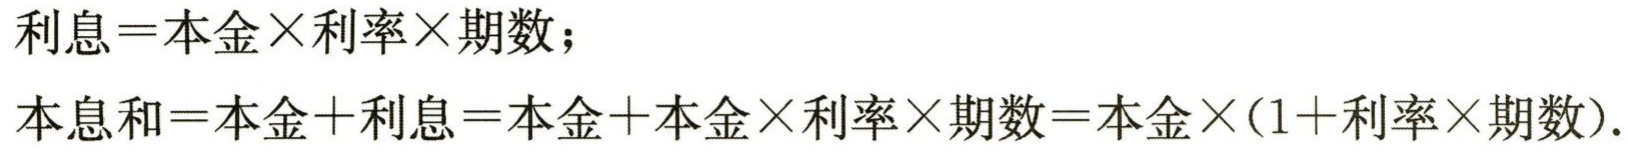
利息=本金×利率×期数；
本息和=本金+利息=本金+本金×利率×期数=本金×(1+利率×期数).